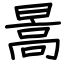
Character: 暠